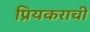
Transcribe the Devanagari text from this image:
प्रियकराची